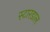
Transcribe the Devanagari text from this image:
स्टारडाल